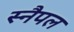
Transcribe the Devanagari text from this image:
स्नैपल